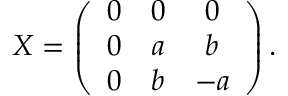
{ \cal X } = \left( \begin{array} { c c c } { { 0 } } & { { 0 } } & { { 0 } } \\ { { 0 } } & { { a } } & { { b } } \\ { { 0 } } & { { b } } & { { - a } } \end{array} \right) .